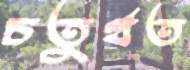
চতুর্থত